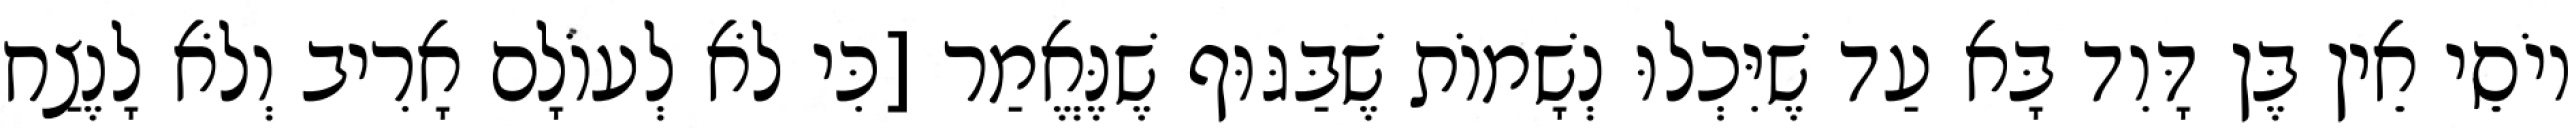
יוֹסֵי אֵין בֶּן דָּוִד בָּא עַד שֶׁיִּכְלוּ נְשָׁמוֹת שֶׁבַּגּוּף שֶׁנֶּאֱמַר [כִּי לֹא לְעוֹלָם אָרִיב וְלֹא לָנֶצַח